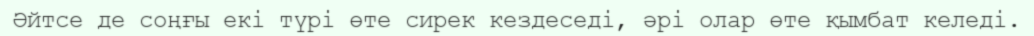
Әйтсе де соңғы екі түрі өте сирек кездеседі, әрі олар өте қымбат келеді.